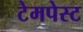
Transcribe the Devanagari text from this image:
टेमपेस्ट